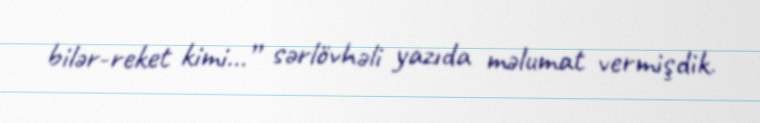
bilər-reket kimi...” sərlövhəli yazıda məlumat vermişdik.